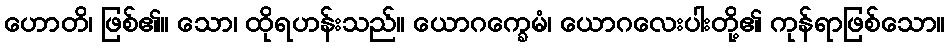
ဟောတိ၊ ဖြစ်၏။ သော၊ ထိုရဟန်းသည်။ ယောဂက္ခေမံ၊ ယောဂလေးပါးတို့၏ ကုန်ရာဖြစ်သော။